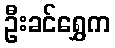
ဦးခင်ရွှေက